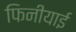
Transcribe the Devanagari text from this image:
फिनीयाई